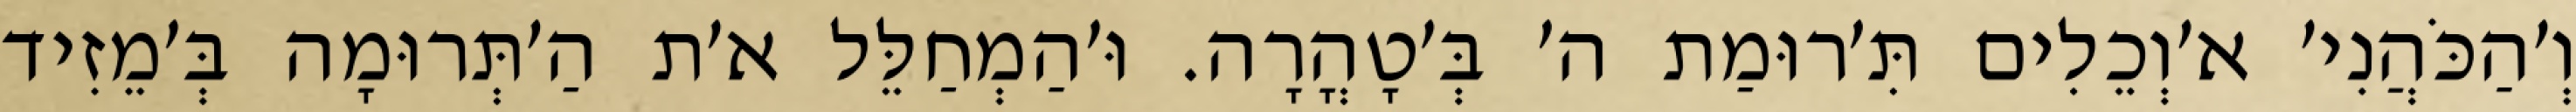
וְ׳הַכֹּהֲנִי׳ א׳וְכֵלִים תִּ׳רוּמַת ה׳ בְּ׳טָהֳרָה. וּ׳הַמְחַלֵּל א׳ת הַ׳תְּרוּמָה בְּ׳מֵזִיד